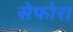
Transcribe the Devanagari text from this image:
सेफोरा